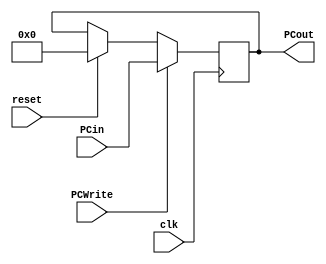
module program_counter(
		input							clk,
		input							reset,
		input							PCWrite,
		input[ADDR_WIDTH-1:0]	PCin,
		output reg[ADDR_WIDTH-1:0]  PCout
    );
parameter ADDR_WIDTH = 16;

initial begin
	PCout = 0;
end

always @(posedge clk) begin
	if(reset)
		PCout = 0;
	if(PCWrite) 
		PCout = PCin;
end

endmodule